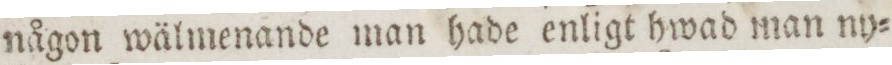
någon wälmenande man hade enligt hwad man ny=